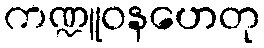
ကဏ္ဍူဝနဟေတု